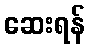
ဆေးရန်